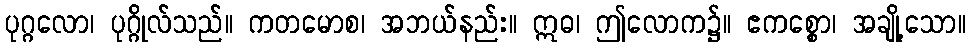
ပုဂ္ဂလော၊ ပုဂ္ဂိုလ်သည်။ ကတမောစ၊ အဘယ်နည်း။ ဣဓ၊ ဤလောက၌။ ဧကစ္စော၊ အချို့သော။